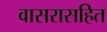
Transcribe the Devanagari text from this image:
वासरासहित